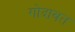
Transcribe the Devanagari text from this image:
गोदावत